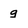
Character: g